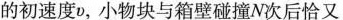
的初速度v，小物块与箱壁碰撞N次后恰又